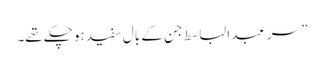
” سر عبدالباسط جن کے بال سفید ہو چکے تھے۔